system: You are a helpful assistant.
user:
Analyze the provided spectrum to determine if it is a **S-type Star**.

- **Key Indicators for S-type Star:**

    - **(Overall Spectrum Shape):** The first and most obvious characteristic is the overall continuum (the "baseline" shape). It is **extremely "red-sloping,"** meaning the flux (light intensity) is very low on the left side (blue, ~4000-4500 Å) and rises steeply and continuously toward the right side (red, ~7000 Å+).

    - **(Primary):** The spectrum is defined by the presence of strong, broad molecular absorption "valleys" (bands) from **Zirconium Oxide (ZrO)**. The identification of these bands is the **primary requirement** for classifying a star as S-type.
        - **(Key Bandheads):** You must find distinct, deep "dips" where the light has been absorbed. The most critical band systems to locate are:
            - **~6474 Å** ($\gamma$-system): This is often the strongest and clearest ZrO feature, found in the red part of the spectrum.
            - **~5718 Å** & **~5551 Å** ($\beta$-system): A pair of prominent absorption features in the yellow-orange part of the spectrum.
            - **~4640 Å** ($\alpha$-system): A key absorption band system in the blue-green region of the spectrum.

    - **(Secondary Confirmation):** The classification is strengthened by finding additional absorption bands from other related heavy element oxides, which are expected to be present alongside ZrO.
        - **(Key Bandheads):**
            - **Yttrium Oxide (YO):** Look for absorption dips near **~4800 Å** and **~6100 Å**.
            - **Lanthanum Oxide (LaO):** Additional absorption features, particularly in the red-orange part of the spectrum, are also characteristic.

    - **(Line Profile):** The combination of the steep red continuum and these numerous, deep molecular bands (ZrO, YO, etc.) gives the entire spectrum a very **"chopped-up"** or **"bumpy"** appearance. Instead of a smooth curve, the spectrum looks as though large, wide chunks of light have been "carved out" of it at the specific wavelengths listed above.

Think first, call **spectral_visualization_tool** if needed to examine features in detail, then provide your final answer. Your response must adhere to the following strict rules:
1.  **Overall Structure:** Your response must follow the format `<think>...</think> <tool_call>...</tool_call> (if a tool is used) <answer>...</answer>`.
2.  **Tool Usage Constraint:** You may only make **one** tool call per turn.
3.  **Final Answer Format:** In the `<answer>` tag, your conclusion must be inside a `\boxed{}` command (e.g., `\boxed{YES}` or `\boxed{NO}`), followed by your justification.

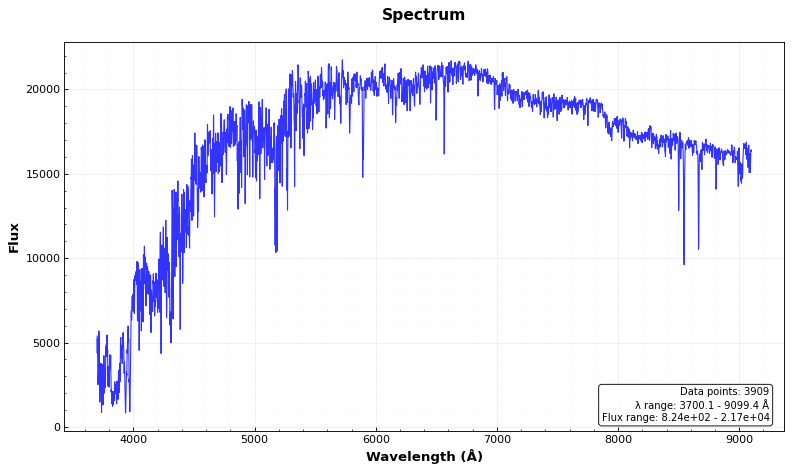
Answer: NO